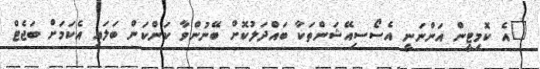
"އެ ކޮމިޓީން އަންނަނީ އެސޯސިއޭޝަންތަކާ ބައްދަލުކޮށް ބޭނުންވާ ކަންކަން ބަލައި އެކަމަށް ބަޖެޓް